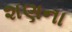
શણના